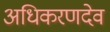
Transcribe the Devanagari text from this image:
अधिकरणदेव